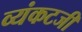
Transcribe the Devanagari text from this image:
व्यंकटजी